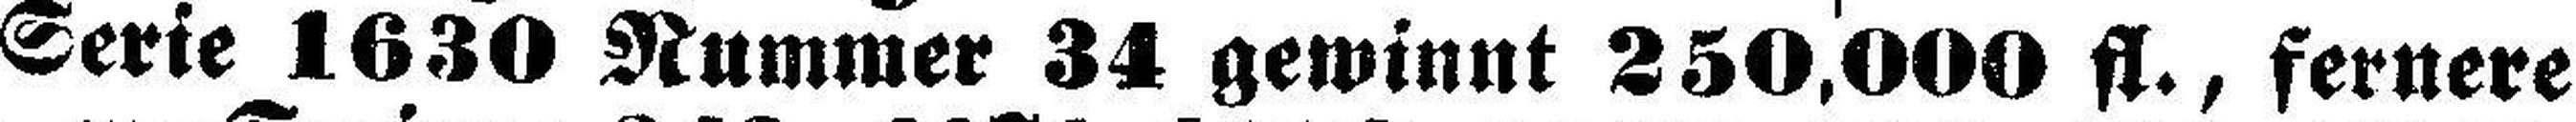
Serie 1630 Nummer 34 gewinnt 250,000 fl., fernere